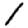
Digit: 1